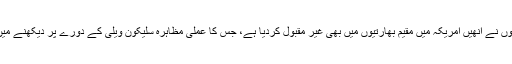
جس میں مودی سرکار کی انتہا پسندی پر مشتمل پالیسیوں کو نشانہ بنایا گیا ہے، ان کی پالیسیوں نے انھیں امریکہ میں مقیم بھارتیوں میں بھی غیر مقبول کردیا ہے، جس کا عملی مظاہرہ سلیکون ویلی کے دورے پر دیکھنے میں آیا جہاں خطاب کے لیے مودی پہنچے تو امریکی نژاد بھارتیوں نے تاریخی مظاہرہ کرڈالا۔